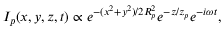
I _ { p } ( x , y , z , t ) \propto e ^ { - ( x ^ { 2 } + y ^ { 2 } ) / { 2 R _ { p } ^ { 2 } } } e ^ { - z / z _ { p } } e ^ { - i \omega t } ,